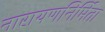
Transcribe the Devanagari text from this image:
नारायणनिर्मिता